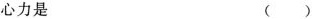
心力是 （ ）